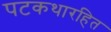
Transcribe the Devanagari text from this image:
पटकथारहित